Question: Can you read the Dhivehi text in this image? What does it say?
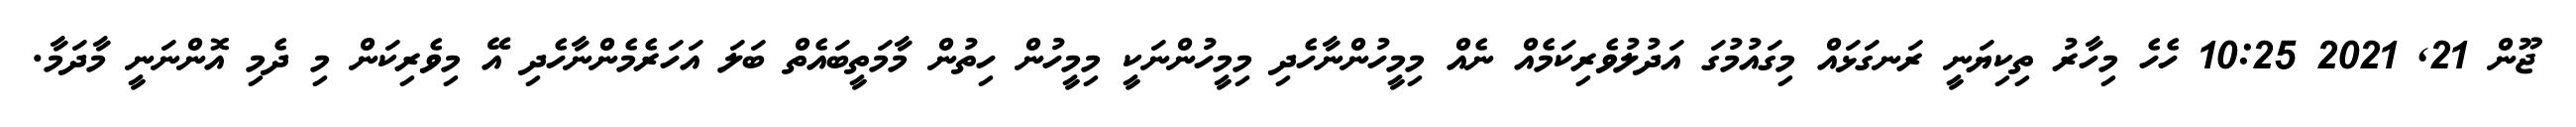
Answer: ޖޫން 21, 2021 10:25 ހެހެ މިހާރު ތިކިޔަނީ ރަނގަޅައް މިގައުމުގަ އަދުލުވެރިކަމެއް ނެއް މިމީހުންނާހެދި މިމީހުންނަކީ މިމީހުން ހިތުން މާމަތީބައެތް ބަލަ އަހަރެމެންނާހެދި އޭ މިވެރިކަން މި ދެމި އޮންނަނީ މާދަމާ.